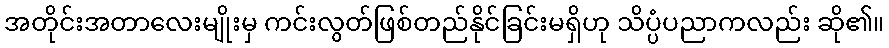
အတိုင်းအတာလေးမျိုးမှ ကင်းလွတ်ဖြစ်တည်နိုင်ခြင်းမရှိဟု သိပ္ပံပညာကလည်း ဆို၏။